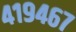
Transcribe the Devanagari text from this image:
४१९४६७